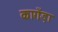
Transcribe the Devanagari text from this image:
कागँड़ा